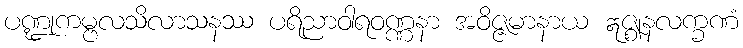
ပဏ္ဍုကမ္ဗလသိလာသနဿ ပရိညာဝါရဝဏ္ဏနာ အဝိဇ္ဇမာနာယ ဣဇ္ဈနလက္ခဏံ